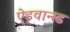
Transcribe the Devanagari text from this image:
ऐड्वान्स्ड